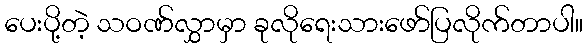
ပေးပို့တဲ့ သဝဏ်လွှာမှာ ခုလိုရေးသားဖော်ပြလိုက်တာပါ။